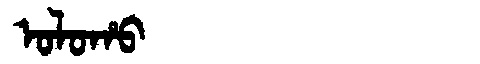
Manchu: ᠣᠯᠣᡥᠣ
Romanization: OLOHO